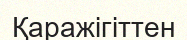
Қаражігіттен